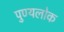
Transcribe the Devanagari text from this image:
पुण्यलोक